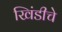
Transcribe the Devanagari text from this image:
खिंडीचे